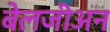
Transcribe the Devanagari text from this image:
बेलजीअन